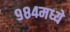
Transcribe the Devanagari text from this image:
९८४मध्ये